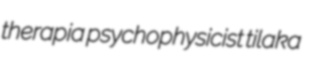
therapia psychophysicist tilaka